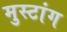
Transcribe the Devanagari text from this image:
मुस्टांग